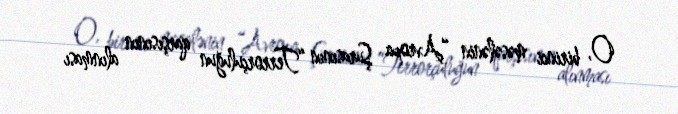
O, birinci məsələnin “Avropa Şurasının “Terrorçuluğun qarşısının alınması